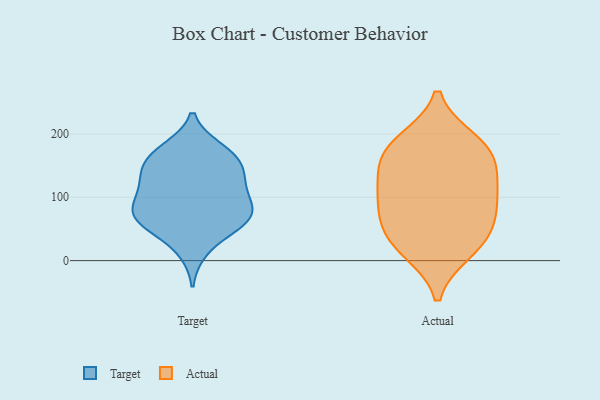
{"axis": {"x": "Website Visitors", "y": "Value"}, "legend": ["Actual", "Target"], "data": [{"x": "", "y": 62, "type": "Target"}, {"x": "", "y": 58, "type": "Target"}, {"x": "", "y": 153, "type": "Target"}, {"x": "", "y": 75, "type": "Target"}, {"x": "", "y": 56, "type": "Target"}, {"x": "", "y": 175, "type": "Target"}, {"x": "", "y": 94, "type": "Target"}, {"x": "", "y": 72, "type": "Target"}, {"x": "", "y": 124, "type": "Target"}, {"x": "", "y": 135, "type": "Target"}, {"x": "", "y": 105, "type": "Target"}, {"x": "", "y": 167, "type": "Target"}, {"x": "", "y": 131, "type": "Target"}, {"x": "", "y": 17, "type": "Target"}, {"x": "", "y": 167, "type": "Target"}, {"x": "", "y": 81, "type": "Target"}, {"x": "", "y": 180, "type": "Actual"}, {"x": "", "y": 90, "type": "Actual"}, {"x": "", "y": 16, "type": "Actual"}, {"x": "", "y": 51, "type": "Actual"}, {"x": "", "y": 52, "type": "Actual"}, {"x": "", "y": 159, "type": "Actual"}, {"x": "", "y": 91, "type": "Actual"}, {"x": "", "y": 188, "type": "Actual"}, {"x": "", "y": 116, "type": "Actual"}, {"x": "", "y": 125, "type": "Actual"}, {"x": "", "y": 170, "type": "Actual"}, {"x": "", "y": 22, "type": "Actual"}]}